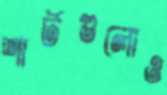
শার্টগুলোও